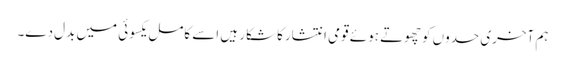
ہم آخری حدوں کوچھوتے ہوئے قومی انتشارکا شکار ہیں اسے کامل یکسوئی میں بدل دے۔